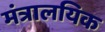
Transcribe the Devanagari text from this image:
मंत्रालयिक